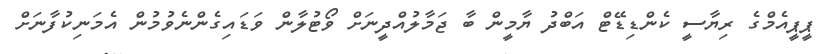
ޕީޕީއެމްގެ ރިޔާސީ ކެންޑިޑޭޓް އަބްދު ޔާމީން ބާ ޖަމާލުއްދީނަށް ވޯޓުލާން ވަޑައިގެންނެވުމުން އެމަނިކުފާނަށް